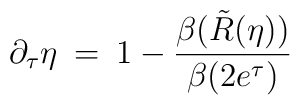
\partial_{\tau}\eta\:=\:1-\frac{\beta(\tilde{R}(\eta))}{\beta(2e^{\tau})} \\